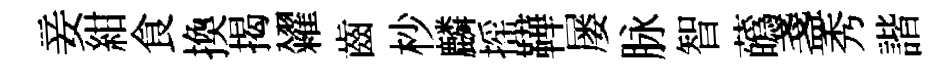
妾紺食換揭糴齒杪麟摇鞾屡脉智蘤盞秀諧